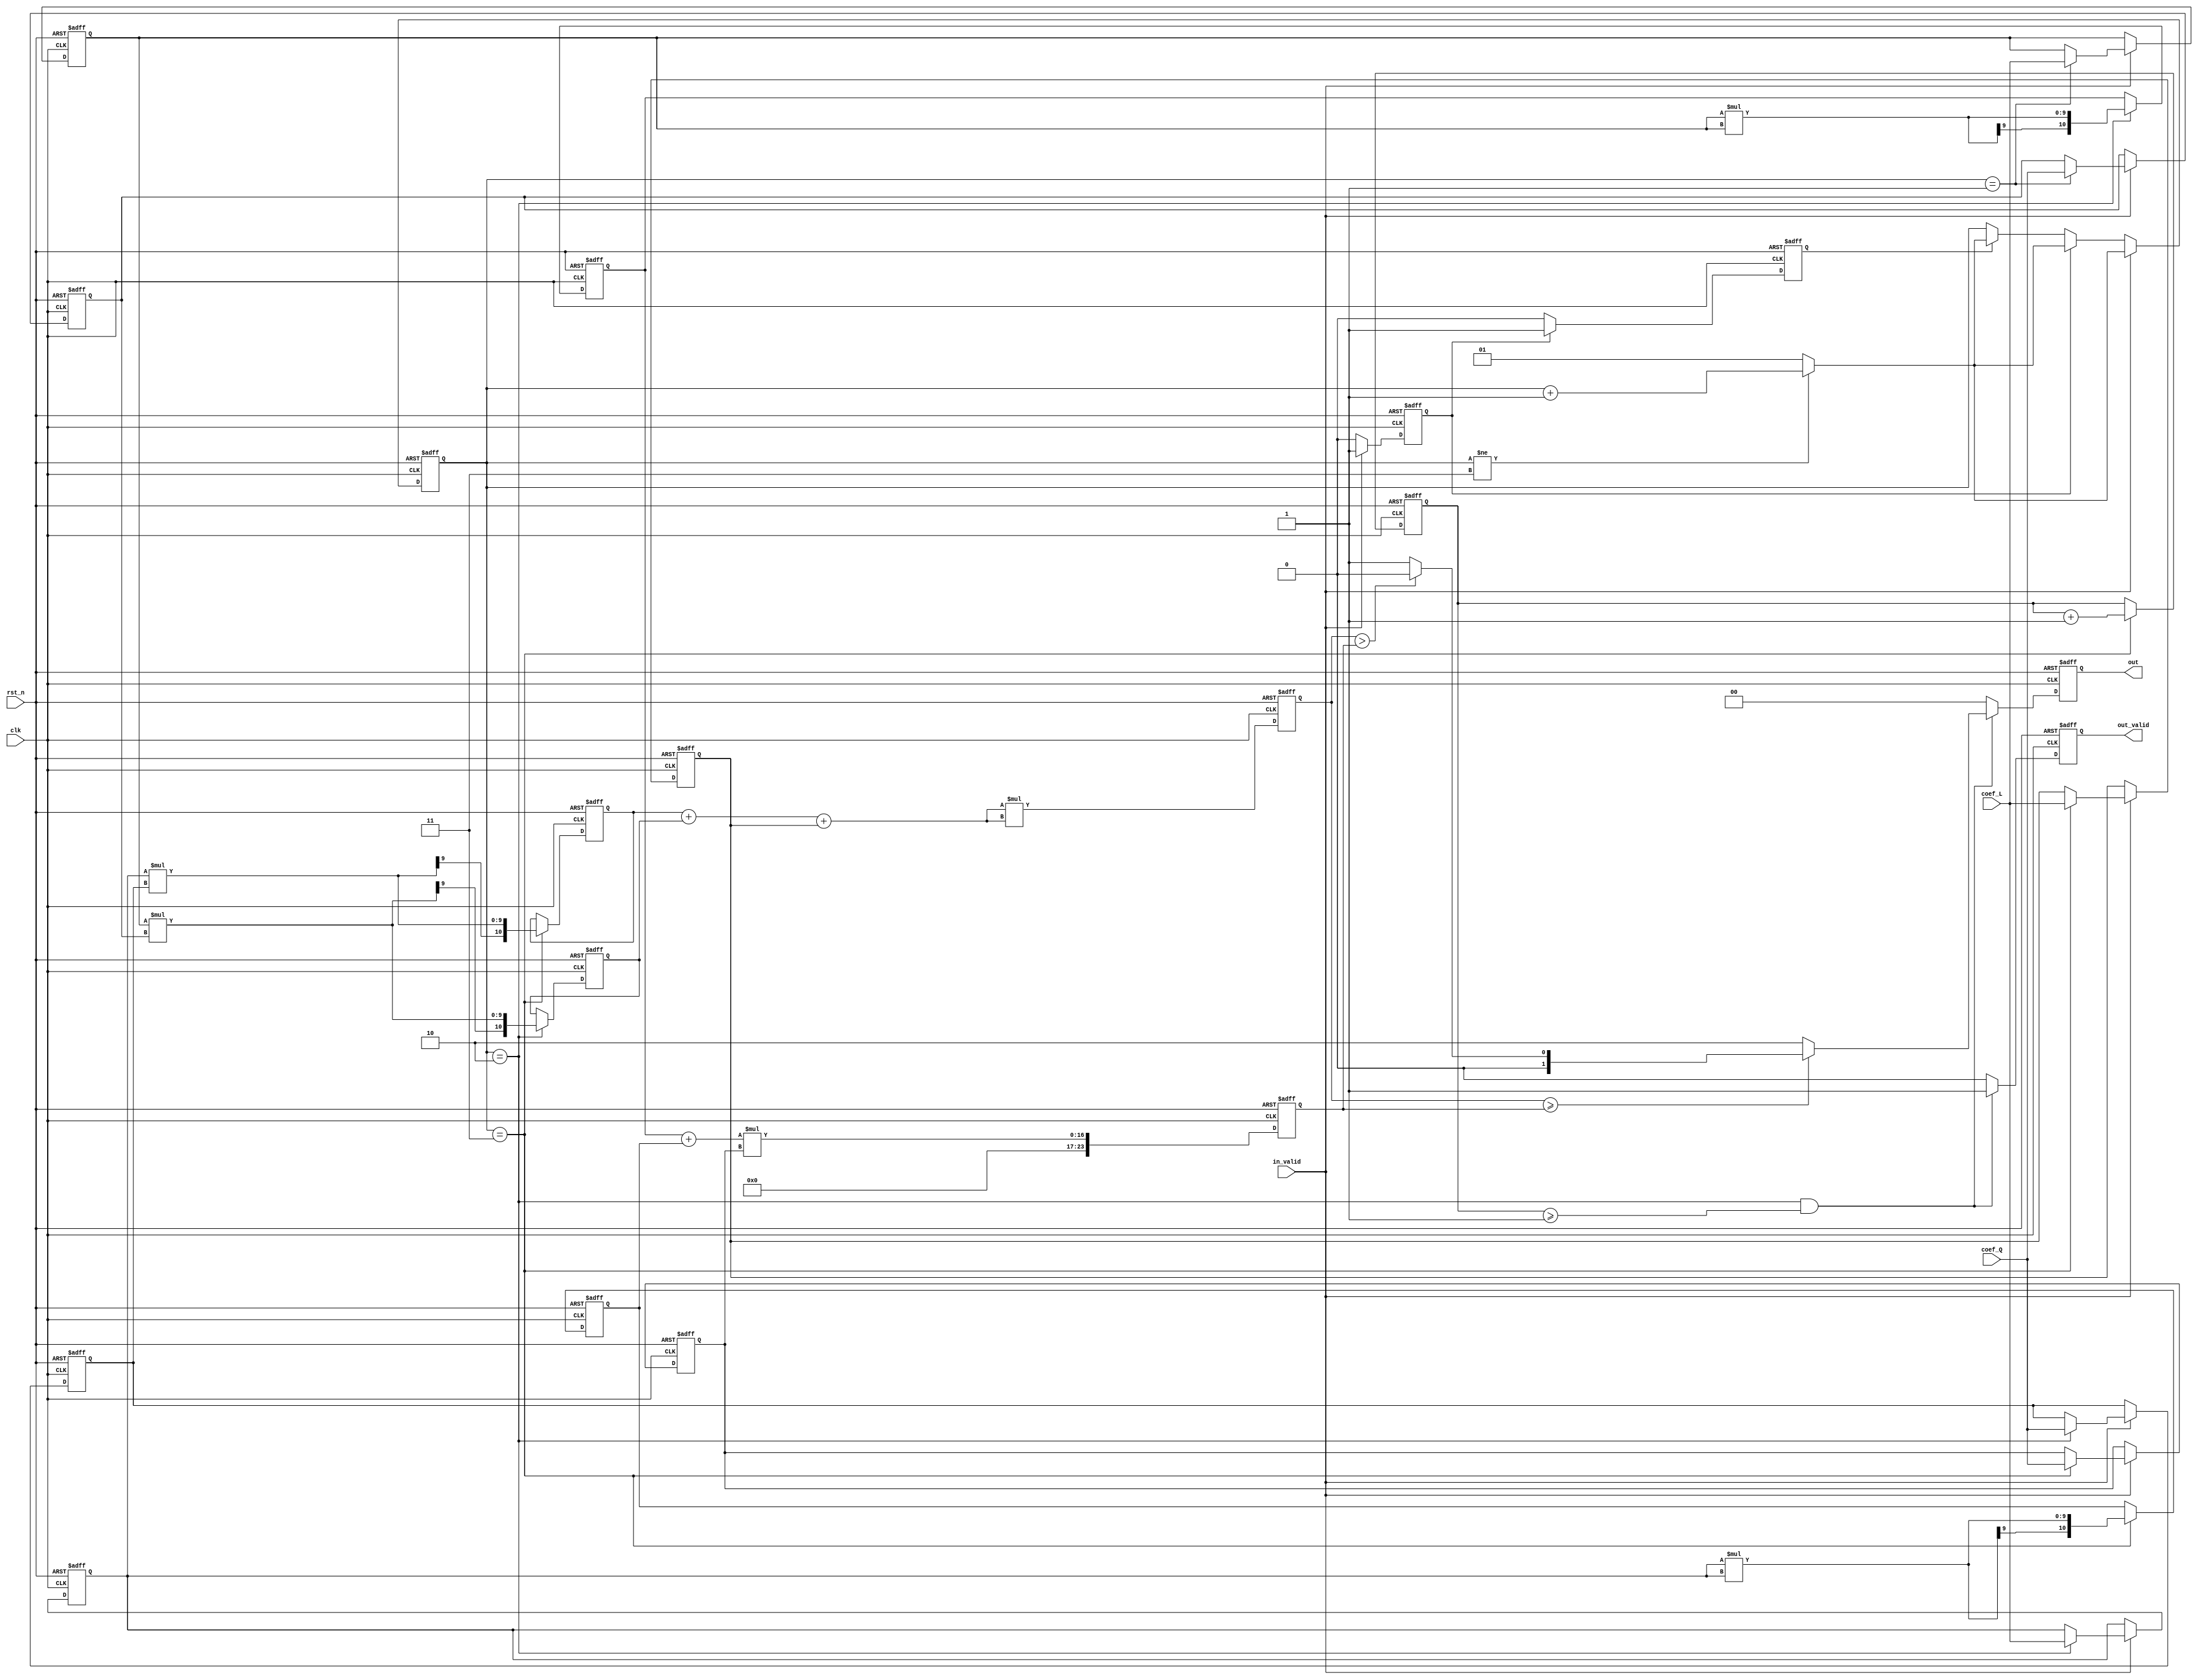
module RCL(
    clk,
    rst_n,
    in_valid,
    coef_Q,
    coef_L,
    out_valid,
    out
);
input clk , rst_n, in_valid;
input [4:0] coef_Q, coef_L;
output  reg out_valid;
output reg [1:0] out;
reg in_valid2;
reg in_valid3;
reg [13:0] num_counter;
reg signed [10:0] x1, x2, x3, x4;
reg [1:0] input_counter;
reg signed [4:0] a, b, c, m, n;
reg [4:0] k;
reg signed [23:0] k1;
reg signed [23:0] k2;
reg [1:0] output_list[3000:0];
always@(posedge clk or negedge rst_n) begin
	if(!rst_n) input_counter <= 1;
	else begin
		if(in_valid) begin
			if(input_counter!=3) input_counter <= input_counter +1;
			else input_counter <= 1;	
		end
		else if(in_valid2) begin
			if(input_counter!=3) input_counter <= input_counter +1;
			else input_counter <= 1;
		end
		else if(in_valid3) begin
			if(input_counter!=3) input_counter <= input_counter +1;
			else input_counter <= 1;
		end
		else input_counter <= input_counter;
	end
end
always@(posedge clk or negedge rst_n) begin
	if(!rst_n) num_counter <= 0;
	else begin
		if(input_counter==3) num_counter <= num_counter +1;
		else num_counter <= num_counter;	

	end
end
always@(posedge clk or negedge rst_n) begin
	if(!rst_n) in_valid2 <=0;
	else begin
		if(in_valid) in_valid2<=1;
		else in_valid2<=0;
	end
end
always@(posedge clk or negedge rst_n) begin
	if(!rst_n) in_valid3 <=0;
	else begin
		if(in_valid2) in_valid3<=1;
		else in_valid3<=0;
	end
end
always@(posedge clk or negedge rst_n) begin
	if(!rst_n) a<=0;
	else begin
		if(in_valid)	a <= (input_counter == 1)? $signed(coef_L):$signed(a);
	end
end
always@(posedge clk or negedge rst_n) begin
	if(!rst_n) b<=0;
	else begin
		if(in_valid)	b <= (input_counter == 2)? $signed(coef_L):$signed(b);
	end
end
always@(posedge clk or negedge rst_n) begin
	if(!rst_n) c<=0;
	else begin
		if(in_valid)	c <= (input_counter == 3)? $signed(coef_L):$signed(c);
	end
end
always@(posedge clk or negedge rst_n) begin
	if(!rst_n) m<=0;
	else begin
		if(in_valid)	m <= (input_counter == 1)? $signed(coef_Q):$signed(m);
	end
end
always@(posedge clk or negedge rst_n) begin
	if(!rst_n) n<=0;
	else begin
		if(in_valid)	n <= (input_counter == 2)? $signed(coef_Q):$signed(n);
	end
end
always@(posedge clk or negedge rst_n) begin
	if(!rst_n) k<=0;
	else begin
		if(in_valid)	k <= (input_counter == 3)? coef_Q:k;
	end
end


always@(posedge clk or negedge rst_n) begin
	if(!rst_n) x1<=0;
	else begin
		x1 <= (input_counter == 2)?a*m:x1;
	end
end
always@(posedge clk or negedge rst_n) begin
	if(!rst_n) x2<=0;
	else begin
		x2 <= (input_counter == 3)?b*n:x2;
	end
end
always@(posedge clk or negedge rst_n) begin
	if(!rst_n) x3<=0;
	else begin
		x3 <= (input_counter == 2)?a*a:x3;
	end
end
always@(posedge clk or negedge rst_n) begin
	if(!rst_n) x4<=0;
	else begin
		x4 <= (input_counter == 3)?b*b:x4;
	end
end
always@(posedge clk or negedge rst_n) begin
	if(!rst_n) k1<=0;
	else begin
		k1 <= (x2+x1+c)*(x2+x1+c);
	end
end
always@(posedge clk or negedge rst_n) begin
	if(!rst_n) k2<=0;
	else begin
		k2 <= (x3+x4)*k;
	end
end





always@(posedge clk or negedge rst_n) begin
	if(!rst_n) out_valid <= 0;
	else begin
		if((input_counter==2)&&(num_counter>=1)) out_valid <= 1;
		else out_valid <= 0;
	end
end
always@(posedge clk or negedge rst_n) begin
	if(!rst_n) out <= 0;
	else begin
		if((input_counter==2)&&(num_counter>=1)) out<=(k1>=k2)?((k1>k2)?2'b00:2'b01):2'b10;
		else out<=0;
	end
end
endmodule